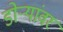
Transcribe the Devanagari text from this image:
डोर्‍यांवर